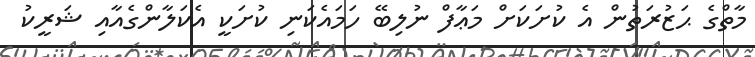
މާތްގެ ޙަޒުރަތުން އެ ކުށަކަށް މަޢާފް ނުލިބޭ ހަމައެކަނި ކުށަކީ އެކަލާންގެއާއި ޝަރީކު